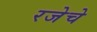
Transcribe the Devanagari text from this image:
रजेचे